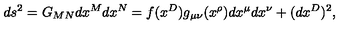
d s ^ { 2 } = G _ { M N } d x ^ { M } d x ^ { N } = f ( x ^ { D } ) g _ { \mu \nu } ( x ^ { \rho } ) d x ^ { \mu } d x ^ { \nu } + ( d x ^ { D } ) ^ { 2 } ,